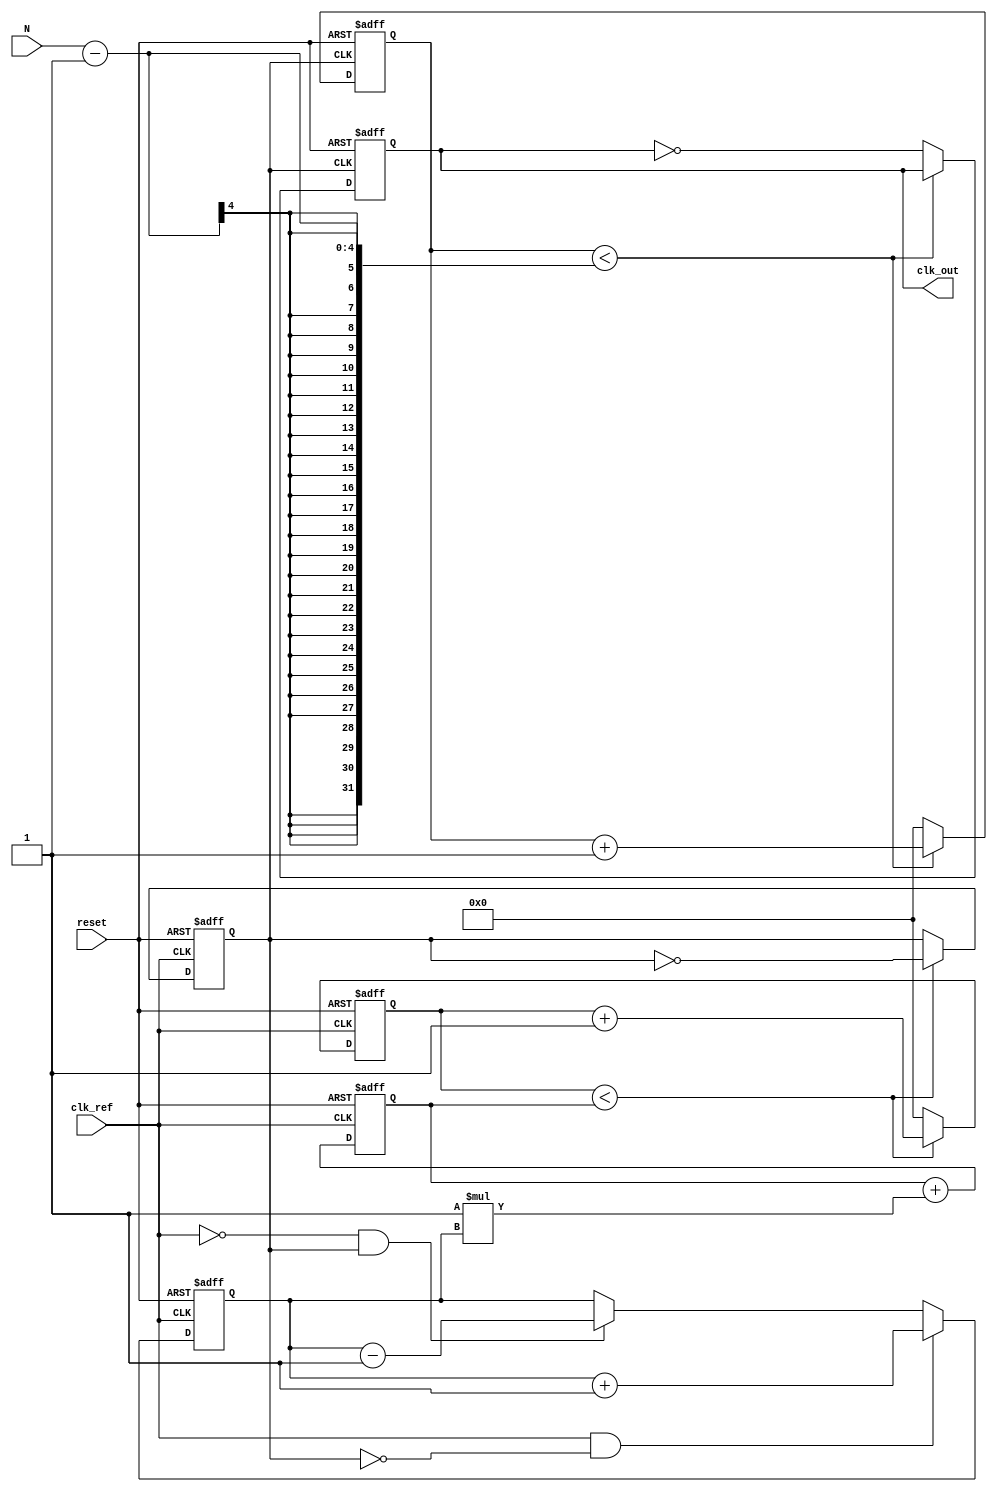
module integer_n_pll (
    input wire clk_ref,        // Reference clock input
    input wire reset,          // Asynchronous reset
    input wire [3:0] N,        // Divider value (N)
    output reg clk_out         // Output clock
);
    
    // Parameters for the design
    parameter VCO_MAX_FREQ = 100; // Example VCO maximum frequency
    parameter LF_GAIN = 1; // Gain for loop filter (simplified)
    
    // Internal signals
    reg [3:0] phase_error;  // Phase error signal from PD
    reg [7:0] control_voltage; // Control voltage for VCO
    reg [7:0] vco_counter;   // Counter for VCO
    reg [7:0] divider_counter; // Counter for N-divider
    reg clk_vco;             // VCO clock signal
    
    // Phase Detector (PD)
    always @(posedge clk_ref or posedge reset) begin
        if (reset) begin
            phase_error <= 0;
        end else begin
            // Simple phase detector logic (example)
            // Compare the reference clock with VCO output
            if (clk_ref && !clk_vco) begin
                phase_error <= phase_error + 1; // Phase error detected
            end else if (!clk_ref && clk_vco) begin
                phase_error <= phase_error - 1; // Phase error detected
            end
        end
    end
    
    // Loop Filter (LF)
    always @(posedge clk_ref or posedge reset) begin
        if (reset) begin
            control_voltage <= 0;
        end else begin
            // Simple loop filter logic (integrator)
            control_voltage <= control_voltage + (LF_GAIN * phase_error);
        end
    end
    
    // Voltage-Controlled Oscillator (VCO)
    always @(posedge clk_ref or posedge reset) begin
        if (reset) begin
            vco_counter <= 0;
            clk_vco <= 0;
        end else begin
            // VCO logic based on control voltage
            if (vco_counter < control_voltage) begin
                vco_counter <= vco_counter + 1;
                clk_vco <= ~clk_vco; // Toggle VCO clock
            end else begin
                vco_counter <= 0;
            end
        end
    end
    
    // N-divider
    always @(posedge clk_vco or posedge reset) begin
        if (reset) begin
            divider_counter <= 0;
            clk_out <= 0;
        end else begin
            // Count up to N to divide the VCO output
            if (divider_counter < N - 1) begin
                divider_counter <= divider_counter + 1;
            end else begin
                divider_counter <= 0;
                clk_out <= ~clk_out; // Toggle output clock
            end
        end
    end

endmodule